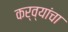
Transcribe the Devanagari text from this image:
कर्व्यांचा